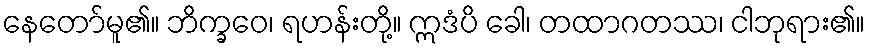
နေတော်မူ၏။ ဘိက္ခဝေ၊ ရဟန်းတို့။ ဣဒံပိ ခေါ၊ တထာဂတဿ၊ ငါဘုရား၏။